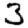
Digit: 3